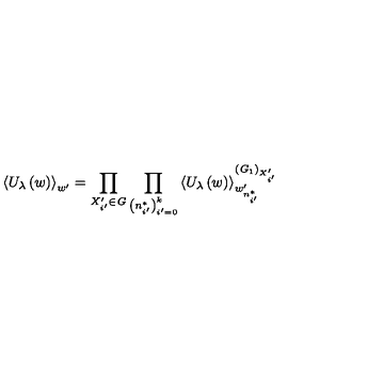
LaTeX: \left\langle U _ { \lambda } \left( w \right) \right\rangle _ { w ^ { \prime } } = \prod _ { X _ { i ^ { \prime } } ^ { \prime } \in { \it G } } \prod _ { \left( n _ { i ^ { \prime } } ^ { * } \right) _ { i ^ { \prime } = 0 } ^ { k } } \left\langle U _ { \lambda } \left( w \right) \right\rangle _ { w _ { n _ { i ^ { \prime } } ^ { * } } ^ { \prime } } ^ { \left( { \it G } _ { 1 } \right) _ { X _ { i ^ { \prime } } ^ { \prime } } }